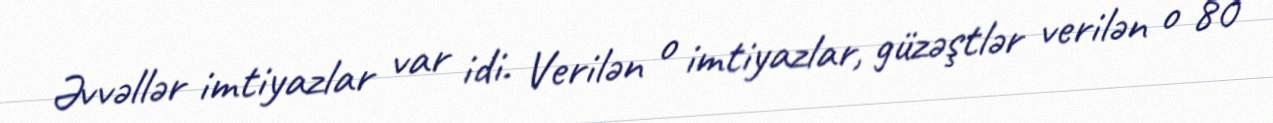
Əvvəllər imtiyazlar var idi. Verilən o imtiyazlar, güzəştlər verilən o 80